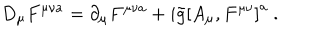
D _ { \mu } F ^ { \mu \nu a } = \partial _ { \mu } F ^ { \mu \nu a } + i \tilde { g } \left[ A _ { \mu } , F ^ { \mu \nu } \right] ^ { a } \ .